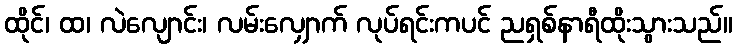
ထိုင်၊ ထ၊ လဲလျောင်း၊ လမ်းလျှောက် လုပ်ရင်းကပင် ညရှစ်နာရီထိုးသွားသည်။